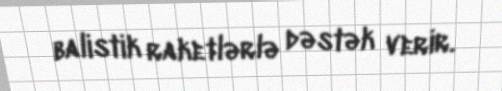
balistik raketlərlə dəstək verir.